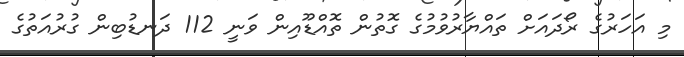
މި އަހަރުގެ ރޯދައަށް ތައްޔާރުވުމުގެ ގޮތުން ތޮއްޑޫއިން ވަނީ 112 ދަނޑުބިން ގުރުއަތުގެ